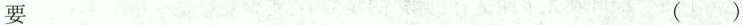
要 ( )